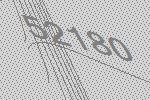
52180